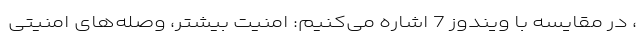
، در مقایسه با ویندوز 7 اشاره می‌کنیم: امنیت بیشتر، وصله‌های امنیتی